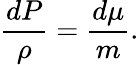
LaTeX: \frac{dP}{\rho}=\frac{d\mu}{m}.